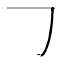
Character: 𠃌